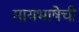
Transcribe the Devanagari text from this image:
मायभाषेची